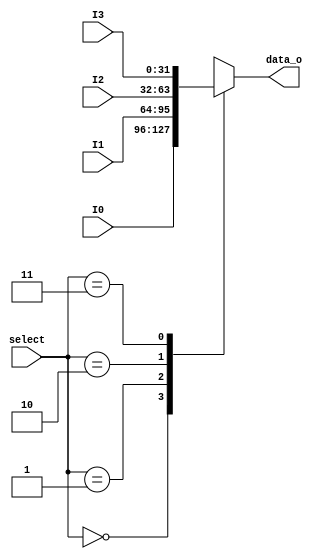
module mux4to1 (
  input [1:0] select, // seletor do multiplexador
  input [31:0] I0, I1, I2, I3, // entradas
  output [31:0] data_o // sada
);

  reg [31:0] data_o_r; // reg para ser utilizado no bloco always

  always @(*) begin
    case (select)
      2'd0: data_o_r = I0; // caso o seletor for 00, I0 deve passar para a sada
      2'd1: data_o_r = I1; // caso o seletor for 01, I1 deve passar para a sada
      2'd2: data_o_r = I2; // caso o seletor for 10, I2 deve passar para a sada
      2'd3: data_o_r = I3; // caso o seletor for 11, I3 deve passar para a sada
    endcase
  end
  assign data_o = data_o_r;

endmodule